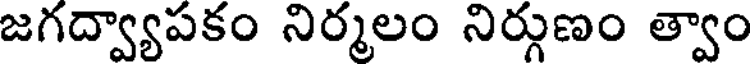
జగద్వ్యాపకం నిర్మలం నిర్గుణం త్వాం